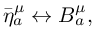
\bar { \eta } _ { a } ^ { \mu } \leftrightarrow B _ { a } ^ { \mu } ,